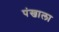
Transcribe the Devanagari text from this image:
पंखाला